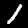
Label: 1